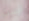
ليست